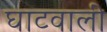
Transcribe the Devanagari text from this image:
घाटवाली